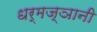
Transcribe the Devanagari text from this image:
धर्मज्ञानी